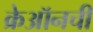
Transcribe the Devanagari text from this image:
क्रेऑनची